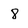
Character: 8